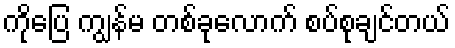
ကိုပြေ ကျွန်မ တစ်ခုလောက် စပ်စုချင်တယ်